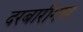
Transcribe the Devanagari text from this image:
दरबारीगण